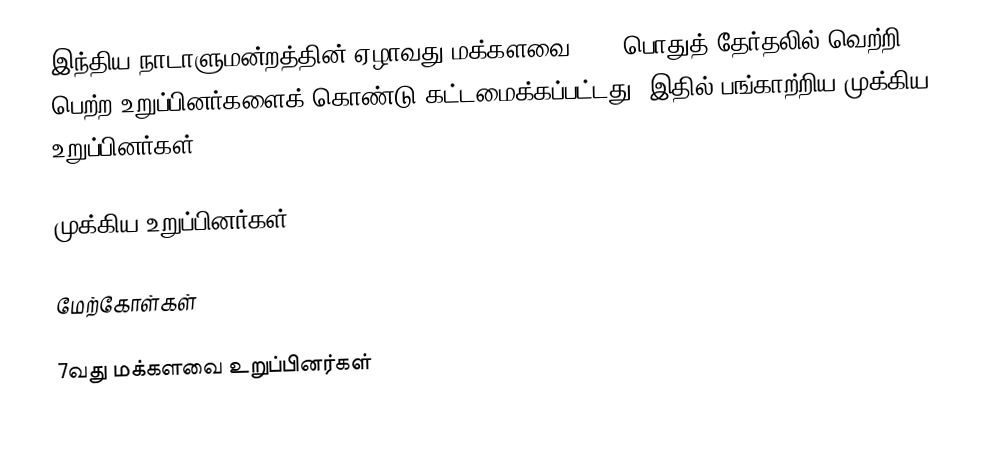
இந்திய நாடாளுமன்றத்தின் ஏழாவது மக்களவை 1980 பொதுத் தேர்தலில் வெற்றி பெற்ற உறுப்பினர்களைக் கொண்டு கட்டமைக்கப்பட்டது. இதில் பங்காற்றிய முக்கிய உறுப்பினர்கள்:

முக்கிய உறுப்பினர்கள்

மேற்கோள்கள்

7வது மக்களவை உறுப்பினர்கள்